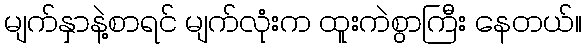
မျက်နှာနဲ့စာရင် မျက်လုံးက ထူးကဲစွာကြီး နေတယ်။